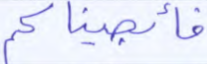
فأنجيناكم